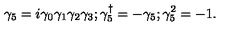
\gamma _ { 5 } = i \gamma _ { 0 } \gamma _ { 1 } \gamma _ { 2 } \gamma _ { 3 } ; \gamma _ { 5 } ^ { \dag } = - \gamma _ { 5 } ; \gamma _ { 5 } ^ { 2 } = - 1 .